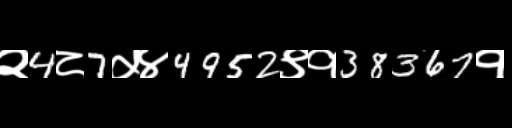
Text: २4८7५४4952९१38367१